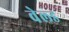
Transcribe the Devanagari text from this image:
वेल्‍ड